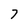
Character: 7